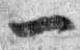
一